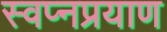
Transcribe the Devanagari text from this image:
स्वप्नप्रयाण